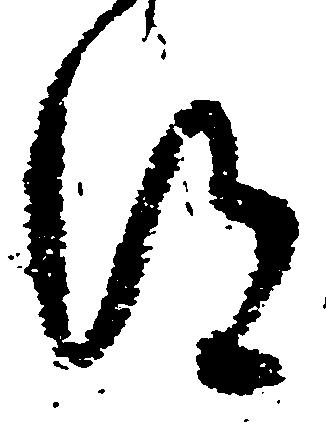
得